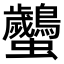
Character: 𧖠